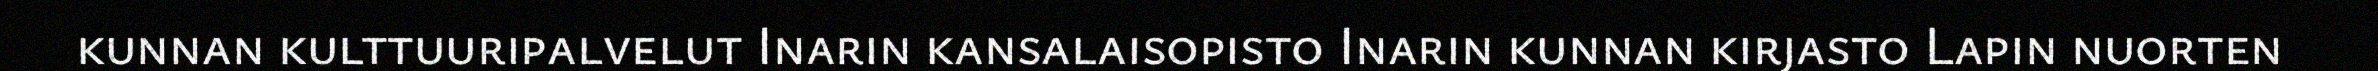
kunnan kulttuuripalvelut Inarin kansalaisopisto Inarin kunnan kirjasto Lapin nuorten